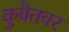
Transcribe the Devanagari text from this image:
कुवैतवर